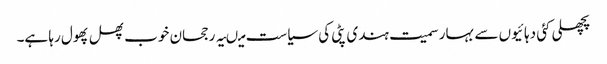
پچھلی کئی دہائیوں سے بہار سمیت ہندی پٹی کی سیاست میںیہ رجحان خوب پھل پھول رہا ہے۔